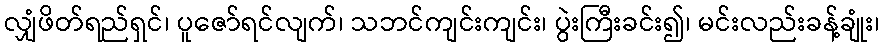
လျှံဖိတ်ရည်ရှင်၊ ပူဇော်ရင်လျက်၊ သဘင်ကျင်းကျင်း၊ ပွဲးကြီးခင်း၍၊ မင်းလည်းခန့်ချုံး၊